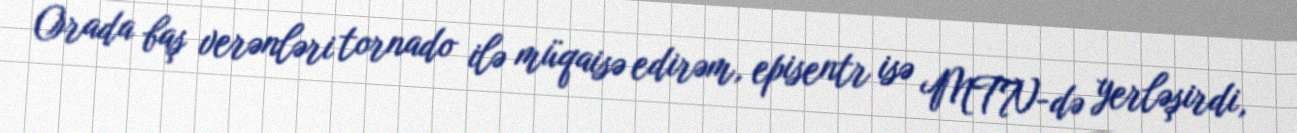
Orada baş verənləri tornado ilə müqaisə edirəm, episentr isə MTN-də yerləşirdi,